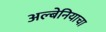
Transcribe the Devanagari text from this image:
अल्बेनियाचा